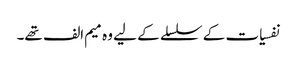
نفسیات کے سلسلے کے لیے وہ میم الف تھے۔